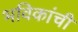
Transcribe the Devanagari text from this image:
भविकांची